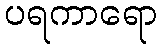
ပရကာရော